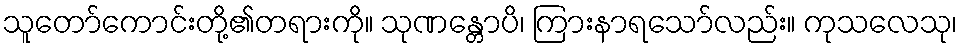
သူတော်ကောင်းတို့၏တရားကို။ သုဏန္တောပိ၊ ကြားနာရသော်လည်း။ ကုသလေသု၊